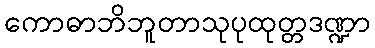
ကောဓာဘိဘူတာသုပုထုတ္တဒဏ္ဍာ